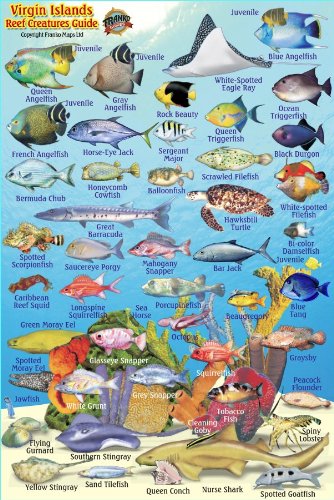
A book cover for Virgin Islands Reef Creatures Guide Franko Maps Laminated Fish Card 4" x 6"; Franko Maps Ltd.; Travel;